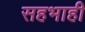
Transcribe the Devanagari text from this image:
सहभाही